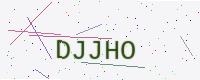
Text: DJJHO